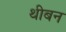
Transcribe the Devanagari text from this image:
थीबन